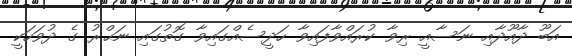
އަބޫ ދާއޫދާއި ނަސާއީ ރިވާ ކުރައްވާފައިވާ ހަދީސެއްގައިވާ ގޮތުގައި ނަޙްރު ގެ ދުވަހަކީ